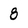
Character: 8